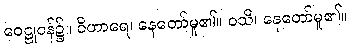
ဝေဠုဝန်၌။ ဝိဟာရေ၊ နေတော်မူ၏။ ဝသိ၊ နေတော်မူ၏။